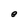
Character: e